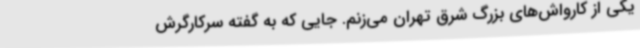
یکی از کارواش‌های بزرگ شرق تهران می‌زنم. جایی که به گفته سرکارگرش